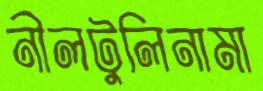
নীলটুলিনামা